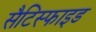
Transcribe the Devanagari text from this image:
सैटिस्फाइड